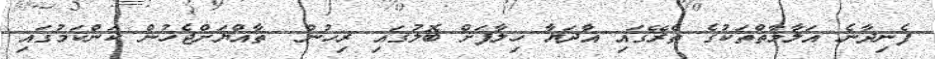
ފެނިދާނެ އަލާމާތްތަކުގެ ތެރޭގައި އާދަޔާ ޚިލާފަށް ބޮލުގައި ރިހުން  ތާއްޔަށްޖެހުން ކަންކަމުގައި